Annual report on the working of the Harcourt Butler Institute of Public Health, Rangoon
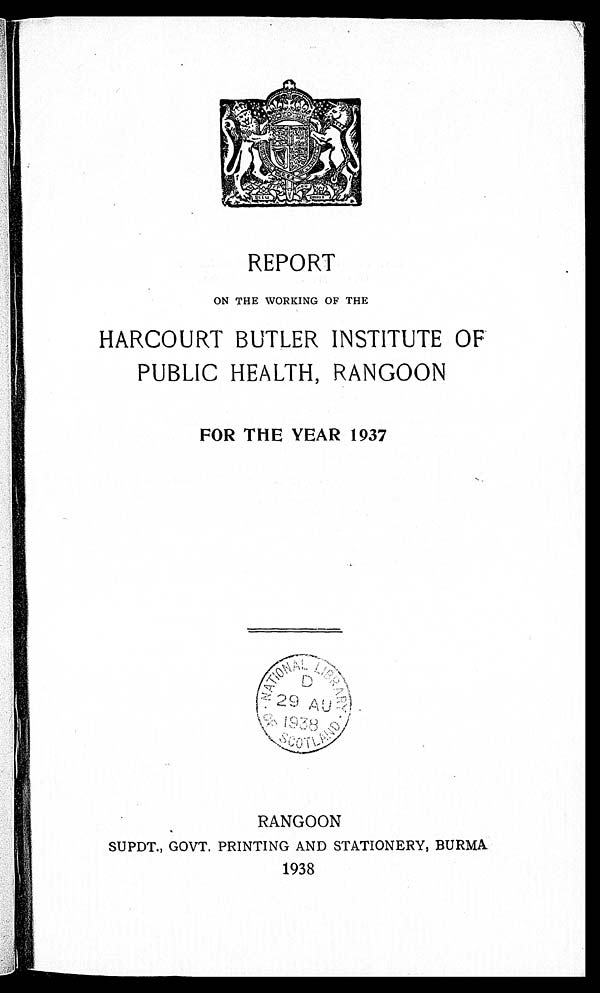
REPORT
ON THE WORKING OF THE
HARCOURT BUTLER INSTITUTE OF
PUBLIC HEALTH, RANGOON
FOR THE YEAR 1937
RANGOON
SUPDT., GOVT. PRINTING AND STATIONERY, BURMA.
1938